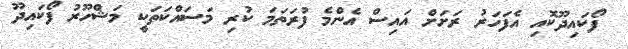
ފޯކައިދޫކޮއި އެފަހަރު ރަށަށް އައިސް އެންމެ ފުރަތަމަ ކުރި މަސައްކަތަކީ މަޝްހޫރު ފޯކައިދޫ